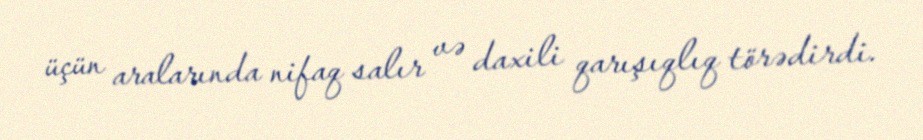
üçün aralarında nifaq salır və daxili qarışıqlıq törədirdi.